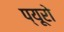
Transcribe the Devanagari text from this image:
प्यूरो